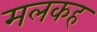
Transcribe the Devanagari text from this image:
मलकह